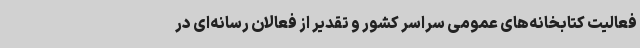
فعالیت کتابخانه‌های عمومی سراسر کشور و تقدیر از فعالان رسانه‌ای در